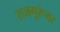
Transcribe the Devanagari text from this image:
राजगुरूंवर